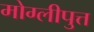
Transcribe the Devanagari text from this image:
मोग्लीपुत्त